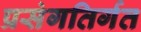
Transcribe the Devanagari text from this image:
प्रसंगतिर्गत